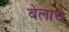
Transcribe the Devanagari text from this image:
बेलाचे